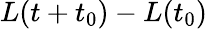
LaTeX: L(t+t_{0})-L(t_{0})